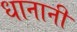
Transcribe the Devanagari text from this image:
धानानी